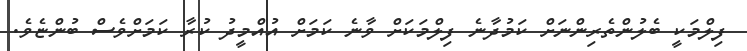
ފިލްމަކީ ބެލުންތެރިންނަށް ކަމުދާނެ ފިލްމަކަށް ވާނެ ކަމަށް އުއްމީދު ކުރާ ކަމަށްވެސް ބުންޏެވެ.